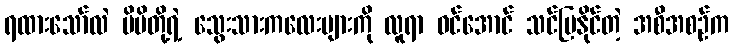
ရထားသော်လဲ မိမိတို့ရဲ့ သွေးသားကလေးများကို လူရာ ဝင်အောင် သင်ပြနိုင်တဲ့ အစီအစဉ်က